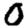
Digit: 0